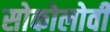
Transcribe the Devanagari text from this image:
सोकोलोवी